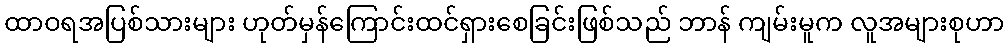
ထာဝရအပြစ်သားများ ဟုတ်မှန်ကြောင်းထင်ရှားစေခြင်းဖြစ်သည် ဘာန် ကျမ်းမူက လူအများစုဟာ